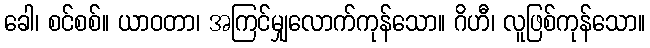
ခေါ၊ စင်စစ်။ ယာဝတာ၊ အကြင်မျှလောက်ကုန်သော။ ဂိဟီ၊ လူဖြစ်ကုန်သော။